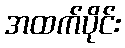
အထက်ပိုင်း